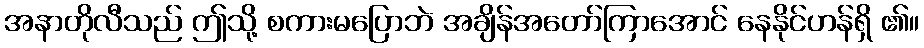
အနာတိုလီသည် ဤသို့ စကားမပြောဘဲ အချိန်အတော်ကြာအောင် နေနိုင်ဟန်ရှိ ၏။